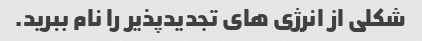
شکلی از انرژی های تجدیدپذیر را نام ببرید.